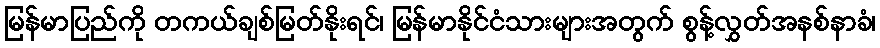
မြန်မာပြည်ကို တကယ်ချစ်မြတ်နိုးရင်၊ မြန်မာနိုင်ငံသားများအတွက် စွန့်လွှတ်အနစ်နာခံ၊